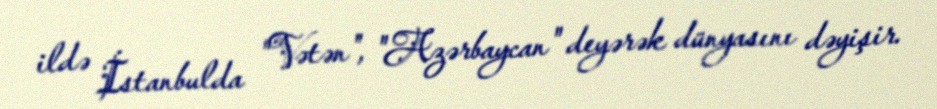
ildə İstanbulda "Vətən", "Azərbaycan" deyərək dünyasını dəyişir.